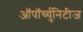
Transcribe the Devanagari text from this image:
ऑपॉर्च्युनिटीज